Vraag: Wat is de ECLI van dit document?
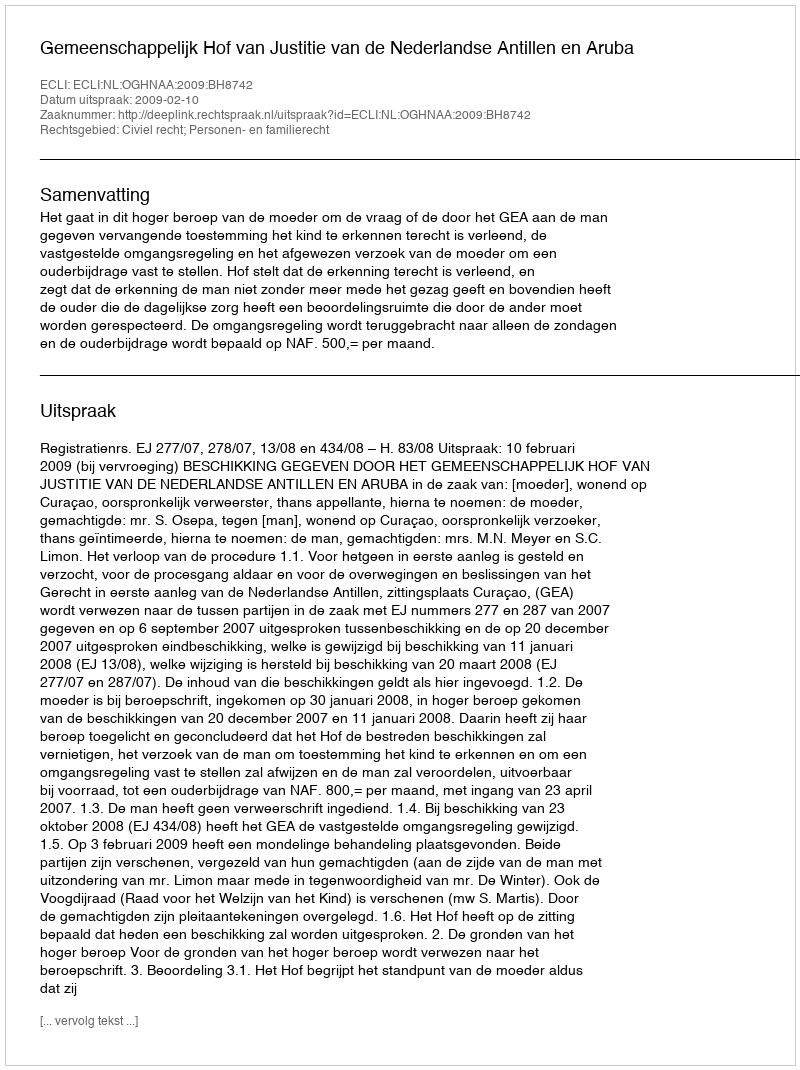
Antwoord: ECLI:NL:OGHNAA:2009:BH8742